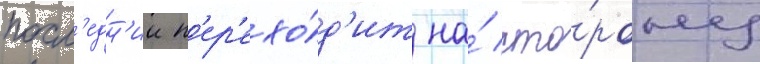
посл'едн'ии п'ер'ехо́д'ит на́ сто́рону